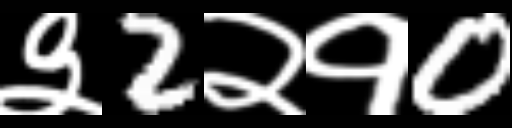
Text: ३2२१0